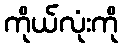
ကိုယ်လုံးကို